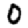
Digit: 0